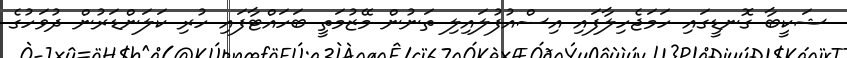
ޝަކީބާ ގޮނޑީގައި ހަމަޖެހިލާފައި އިސްއުފުލައިލި ތަނުން މޭޒުމަތީ ބަހައްޓާފައި ހުރި ކަލަންޑަރުން ދުވަހުގެ